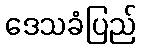
ဒေသခံပြည်